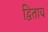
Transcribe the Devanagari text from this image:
द्विताय